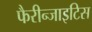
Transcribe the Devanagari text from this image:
फैरीन्जाइटिस